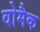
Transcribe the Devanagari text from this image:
वोमैक